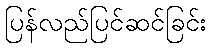
ပြန်လည်ပြင်ဆင်ခြင်း